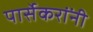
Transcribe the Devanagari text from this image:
पार्सेकरांंनी